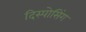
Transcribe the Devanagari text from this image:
दिस्पोसिंग